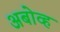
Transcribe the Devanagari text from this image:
अबोव्ह